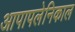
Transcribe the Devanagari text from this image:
आपापलेनिकाल